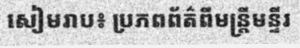
សៀមរាប៖ ប្រភពព័ត៌ពីមន្ត្រីមន្ទីរ